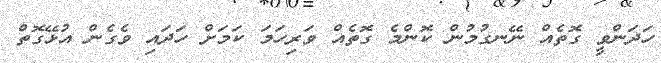
ހަދަންވީ ގޮތެއް ނޭނގުމުން ކޮންމެ ގޮތެއް ވަރިހަމަ ކަމަށް ހަދައި ވެގެން އުޅޭގޮތް